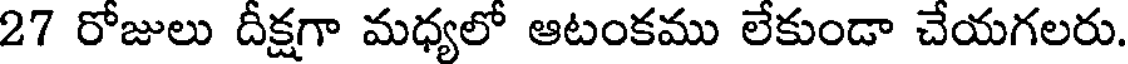
27 రోజులు దీక్షగా మధ్యలో ఆటంకము లేకుండా చేయగలరు